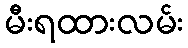
မီးရထားလမ်း